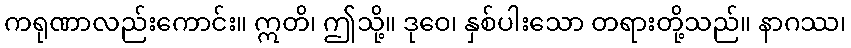
ကရုဏာလည်းကောင်း။ ဣတိ၊ ဤသို့။ ဒုဝေ၊ နှစ်ပါးသော တရားတို့သည်။ နာဂဿ၊